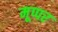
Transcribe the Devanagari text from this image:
मूप्पर